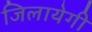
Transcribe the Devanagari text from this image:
जिलायेगी